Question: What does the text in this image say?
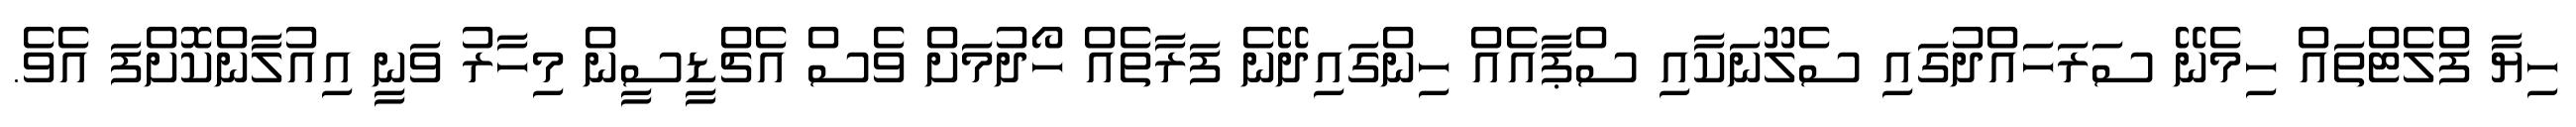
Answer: ހިޔާ ފްލެޓްތައް ހިމެނޭ ސަރަހައްދުގައި ސެލޫނަކާއި ސްޕާއެއް ހިންގައިދޭނެ ފަރާތެއް ހޯދުމަށް ވެސް އެޗްޑީސީން މިހާރު ވަނީ އިއުލާންކޮށްފަ އެވެ.